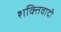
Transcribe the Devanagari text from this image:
शक्तिवादी